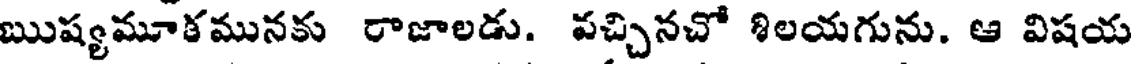
ఋష్యమూకమునకు రాజాలడు. పచ్చినచో శిలయగును. ఆ విషయ